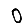
Digit: 0